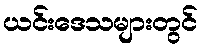
ယင်းဒေသများတွင်